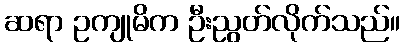
ဆရာ ဥကျုမိက ဦးညွတ်လိုက်သည်။